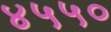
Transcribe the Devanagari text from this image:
४५५०